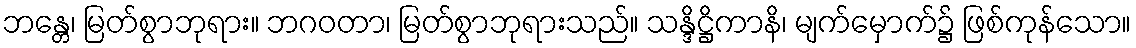
ဘန္တေ၊ မြတ်စွာဘုရား။ ဘဂဝတာ၊ မြတ်စွာဘုရားသည်။ သန္ဒိဋ္ဌိကာနိ၊ မျက်မှောက်၌ ဖြစ်ကုန်သော။